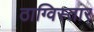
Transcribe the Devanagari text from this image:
ठाग्विस्तार